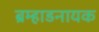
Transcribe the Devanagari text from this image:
ब्रम्हाडनायक